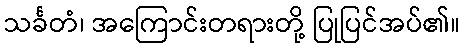
သင်္ခတံ၊ အကြောင်းတရားတို့ ပြုပြင်အပ်၏။